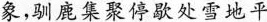
雪地”鹿群象，驯鹿集聚停歇处雪地平